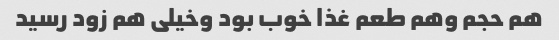
هم حجم وهم طعم غذا خوب بود وخیلی هم زود رسید